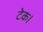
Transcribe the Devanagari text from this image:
टेक।